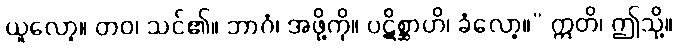
ယူလော့။ တဝ၊ သင်၏။ ဘာဂံ၊ အဖို့ကို။ ပဋိစ္ဆာဟိ၊ ခံလော့။” ဣတိ၊ ဤသို့။